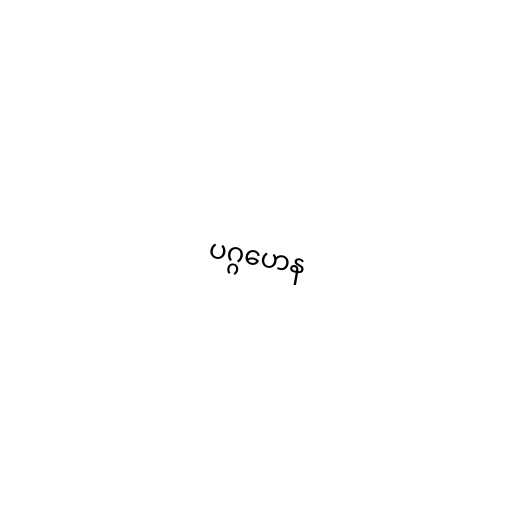
ပဂ္ဂဟေန